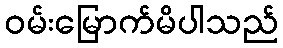
ဝမ်းမြောက်မိပါသည်